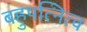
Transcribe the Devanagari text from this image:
बहुपत्नित्व